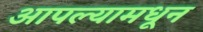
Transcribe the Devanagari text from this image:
आपल्यामधून